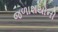
જળાશયોની